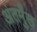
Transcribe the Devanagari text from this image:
अंतमुँख